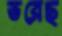
ভরেছ